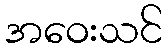
အဝေးသင်